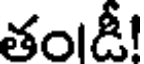
తంlడీ!